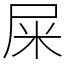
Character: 屎